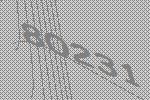
80231